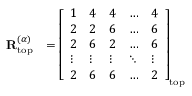
\begin{array} { r l } { \mathbf { R } _ { \mathrm { t o p } } ^ { ( \alpha ) } } & { = \left[ \begin{array} { l l l l l } { 1 } & { 4 } & { 4 } & { \dots } & { 4 } \\ { 2 } & { 2 } & { 6 } & { \dots } & { 6 } \\ { 2 } & { 6 } & { 2 } & { \dots } & { 6 } \\ { \vdots } & { \vdots } & { \vdots } & { \ddots } & { \vdots } \\ { 2 } & { 6 } & { 6 } & { \dots } & { 2 } \end{array} \right] _ { \mathrm { t o p } } } \end{array}